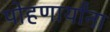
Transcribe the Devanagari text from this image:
पोहणार्यांना